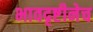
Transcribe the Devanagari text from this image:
भावदृष्टीनेच